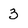
Character: 3